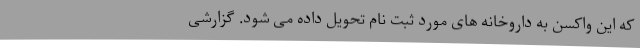
که این واکسن به داروخانه های مورد ثبت نام تحویل داده می شود. گزارشی